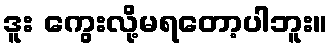
ဒူး ကွေးလို့မရတော့ပါဘူး။